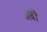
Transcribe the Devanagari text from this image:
अर्बों